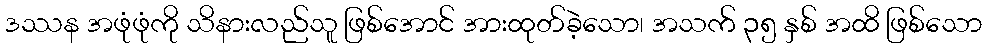
ဒဿန အဖုံဖုံကို သိနားလည်သူ ဖြစ်အောင် အားထုတ်ခဲ့သော၊ အသက် ၃၅ နှစ် အထိ ဖြစ်သော